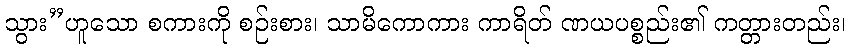
သွား”ဟူသော စကားကို စဉ်းစား၊ သာမိကောကား ကာရိတ် ဏယပစ္စည်း၏ ကတ္တားတည်း၊